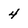
Character: 4